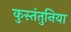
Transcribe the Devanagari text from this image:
कुस्तंतुनिया